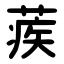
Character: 蒺